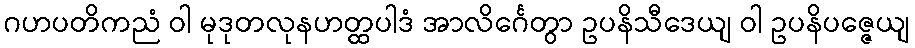
ဂဟပတိကညံ ဝါ မုဒုတလုနဟတ္ထပါဒံ အာလိင်္ဂေတွာ ဥပနိသီဒေယျ ဝါ ဥပနိပဇ္ဇေယျ